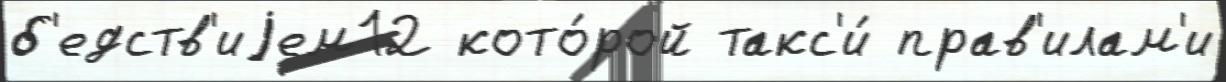
б'едств'иjем12 кото́рой такс'и́ прав'илам'и